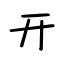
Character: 开